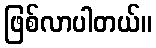
ဖြစ်လာပါတယ်။